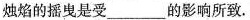
烛焰的摇曳是受\underline的影响所致。